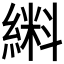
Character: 𫃼